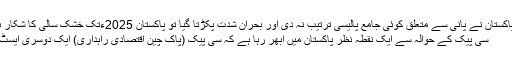
ماہرین کے مطابق اگر پاکستان نے پانی سے متعلق کوئی جامع پالیسی ترتیب نہ دی اور بحران شدت پکڑتا گیا تو پاکستان 2025ءتک خشک سالی کا شکار ہو جائے گا، مزید پڑھیں
سی پیک کے حوالہ سے ایک نقطہ نظر پاکستان میں ابھر رہا ہے کہ سی پیک (پاک چین اقتصادی راہداری) ایک دوسری ایسٹ انڈیا کمپنی بن رہی ہے۔